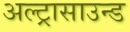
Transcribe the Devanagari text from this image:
अल्ट्रासाउन्ड